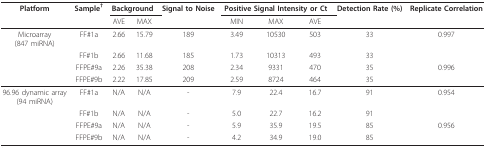
| Platform | Sample† | <COLSPAN=2> Background | Signal to Noise | <COLSPAN=3> Positive Signal Intensity or Ct | Detection Rate (%) | Replicate Correlation |
 |  |  | AVE | MAX |  | MIN | MAX | AVE |  |  |
 | --- | --- | --- | --- | --- | --- | --- | --- | --- | --- |
 | Microarray(847 miRNA) | FF#1a | 2.66 | 15.79 | 189 | 3.49 | 10530 | 503 | 33 | 0.997 |
 |  | FF#1b | 2.66 | 11.68 | 185 | 1.73 | 10313 | 493 | 33 |  |
 |  | FFPE#9a | 2.26 | 35.38 | 208 | 2.34 | 9331 | 470 | 35 | 0.996 |
 |  | FFPE#9b | 2.22 | 17.85 | 209 | 2.59 | 8724 | 464 | 35 |  |
 | 96.96 dynamic array(94 miRNA) | FF#1a | N/A | N/A | - | 7.9 | 22.4 | 16.7 | 91 | 0.954 |
 |  | FF#1b | N/A | N/A | - | 5.0 | 22.7 | 16.2 | 91 |  |
 |  | FFPE#9a | N/A | N/A | - | 5.9 | 35.9 | 19.5 | 85 | 0.956 |
 |  | FFPE#9b | N/A | N/A | - | 4.2 | 34.9 | 19.0 | 85 |  |